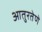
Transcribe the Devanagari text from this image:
आतुरतेणे